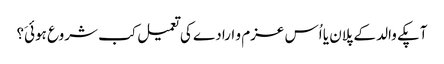
آپکے والد کے پلان یا اُس عزم و ارادے کی تعمیل کب شروع ہوئیَ؟